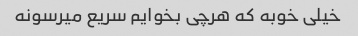
خیلی خوبه که هرچی بخوایم سریع میرسونه